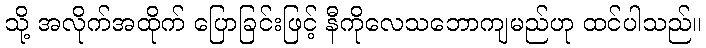
သို့ အလိုက်အထိုက် ပြောခြင်းဖြင့် နီကိုလေသဘောကျမည်ဟု ထင်ပါသည်။